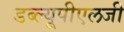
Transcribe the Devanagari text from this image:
डब्ल्यूपीएलजी